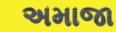
અમાજા